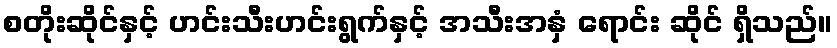
စတိုးဆိုင်နှင့် ဟင်းသီးဟင်းရွက်နှင့် အသီးအနှံ ရောင်း ဆိုင် ရှိသည်။